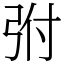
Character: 弣